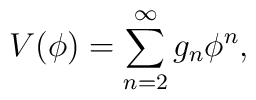
V(\phi) = \sum_{n=2}^{\infty} g_{n} \phi^{n},